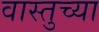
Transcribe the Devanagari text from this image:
वास्तुच्या